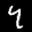
Label: 4